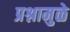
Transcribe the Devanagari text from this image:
प्रश्नामुळे